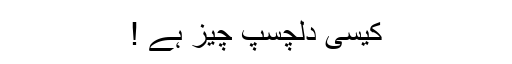
کیسی دلچسپ چیز ہے !